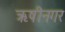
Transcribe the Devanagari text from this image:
ऋषीनगर